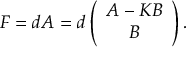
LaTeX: F = d A = d \left( \begin{array} { c } { { { \cal A } - K { \cal B } } } \\ { { { \cal B } } } \end{array} \right) .